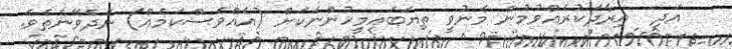
އަދި  އިރާދަކުރެއްވުމުން މެނުވީ ތިޔަބައިމީހުންނަކަށް (އެއްވެސްކަމެއް) ނޭދެވޭނެތެވެ.